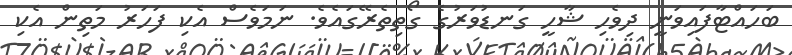
ބަހައްޓާފައިވަނީ ދިވެހި ޝާހީ ގަނޑުވަރުގެ ގޯތިތެރޭގައެވެ. ނަމަވެސް އެކި ފަހަރު މަތިން އެކި